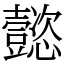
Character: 懿